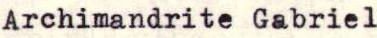
Archimandrite Gabriel